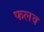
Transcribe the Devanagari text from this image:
फलव